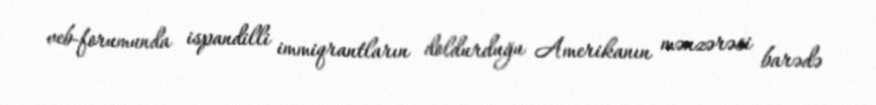
veb-forumunda ispandilli immiqrantların doldurduğu Amerikanın mənzərəsi barədə